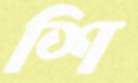
শি